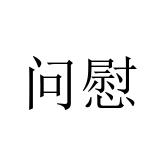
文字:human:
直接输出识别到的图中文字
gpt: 问慰